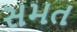
સમત